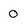
Character: 0